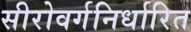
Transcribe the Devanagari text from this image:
सीरोवर्गनिर्धारित